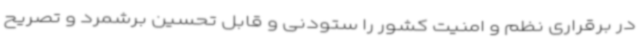
در برقراری نظم و امنیت کشور را ستودنی و قابل تحسین برشمرد و تصریح